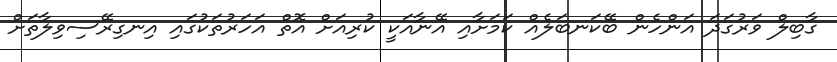
ގާބިލް ވަރުގަދަ އަންހެން ބޭކަނބަލެއް ކަމަށާއި އޭނާއަކީ ކުރިއަށް އޮތް އަހަރުތަކުގައި އިނގިރޭސިވިލާތަށް